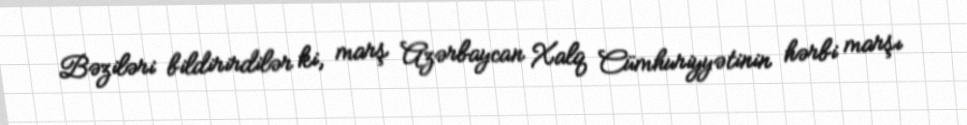
Bəziləri bildirirdilər ki, marş Azərbaycan Xalq Cümhuriyyətinin hərbi marşı